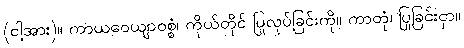
(ငါ့အား)။ ကာယဝေယျာဝစ္စံ၊ ကိုယ်တိုင် ပြုလုပ်ခြင်းကို။ ကာတုံ၊ ပြုခြင်းငှာ။